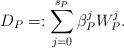
LaTeX: \begin{align*} D_P =: \sum_{j = 0}^{s_P} \beta_P^j W_P^j. \end{align*}